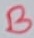
Text: B